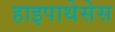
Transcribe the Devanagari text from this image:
हाइपाथेसेस